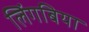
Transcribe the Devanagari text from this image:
लिंगबिया